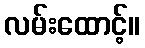
လမ်းထောင့်။